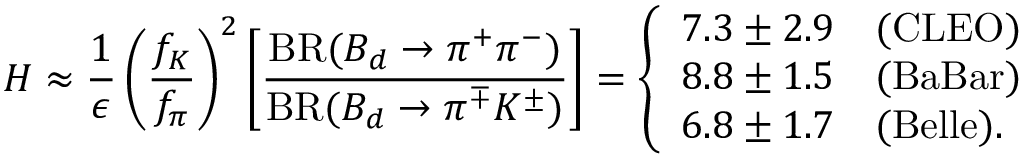
H \approx \frac { 1 } { \epsilon } \left( \frac { f _ { K } } { f _ { \pi } } \right) ^ { 2 } \left[ \frac { \mathrm { B R } ( B _ { d } \to \pi ^ { + } \pi ^ { - } ) } { \mathrm { B R } ( B _ { d } \to \pi ^ { \mp } K ^ { \pm } ) } \right] = \left\{ \begin{array} { l l } { { 7 . 3 \pm 2 . 9 } } & { { \mathrm { ( C L E O ) } } } \\ { { 8 . 8 \pm 1 . 5 } } & { { \mathrm { ( B a B a r ) } } } \\ { { 6 . 8 \pm 1 . 7 } } & { { \mathrm { ( B e l l e ) . } } } \end{array} \right.